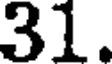
31.